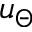
u _ { \Theta }